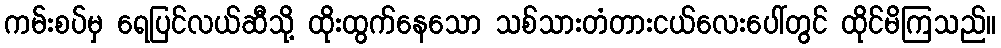
ကမ်းစပ်မှ ရေပြင်လယ်ဆီသို့ ထိုးထွက်နေသော သစ်သားတံတားငယ်လေးပေါ်တွင် ထိုင်မိကြသည်။